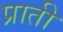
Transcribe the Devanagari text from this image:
प्राती